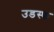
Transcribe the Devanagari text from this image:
उडस्फ